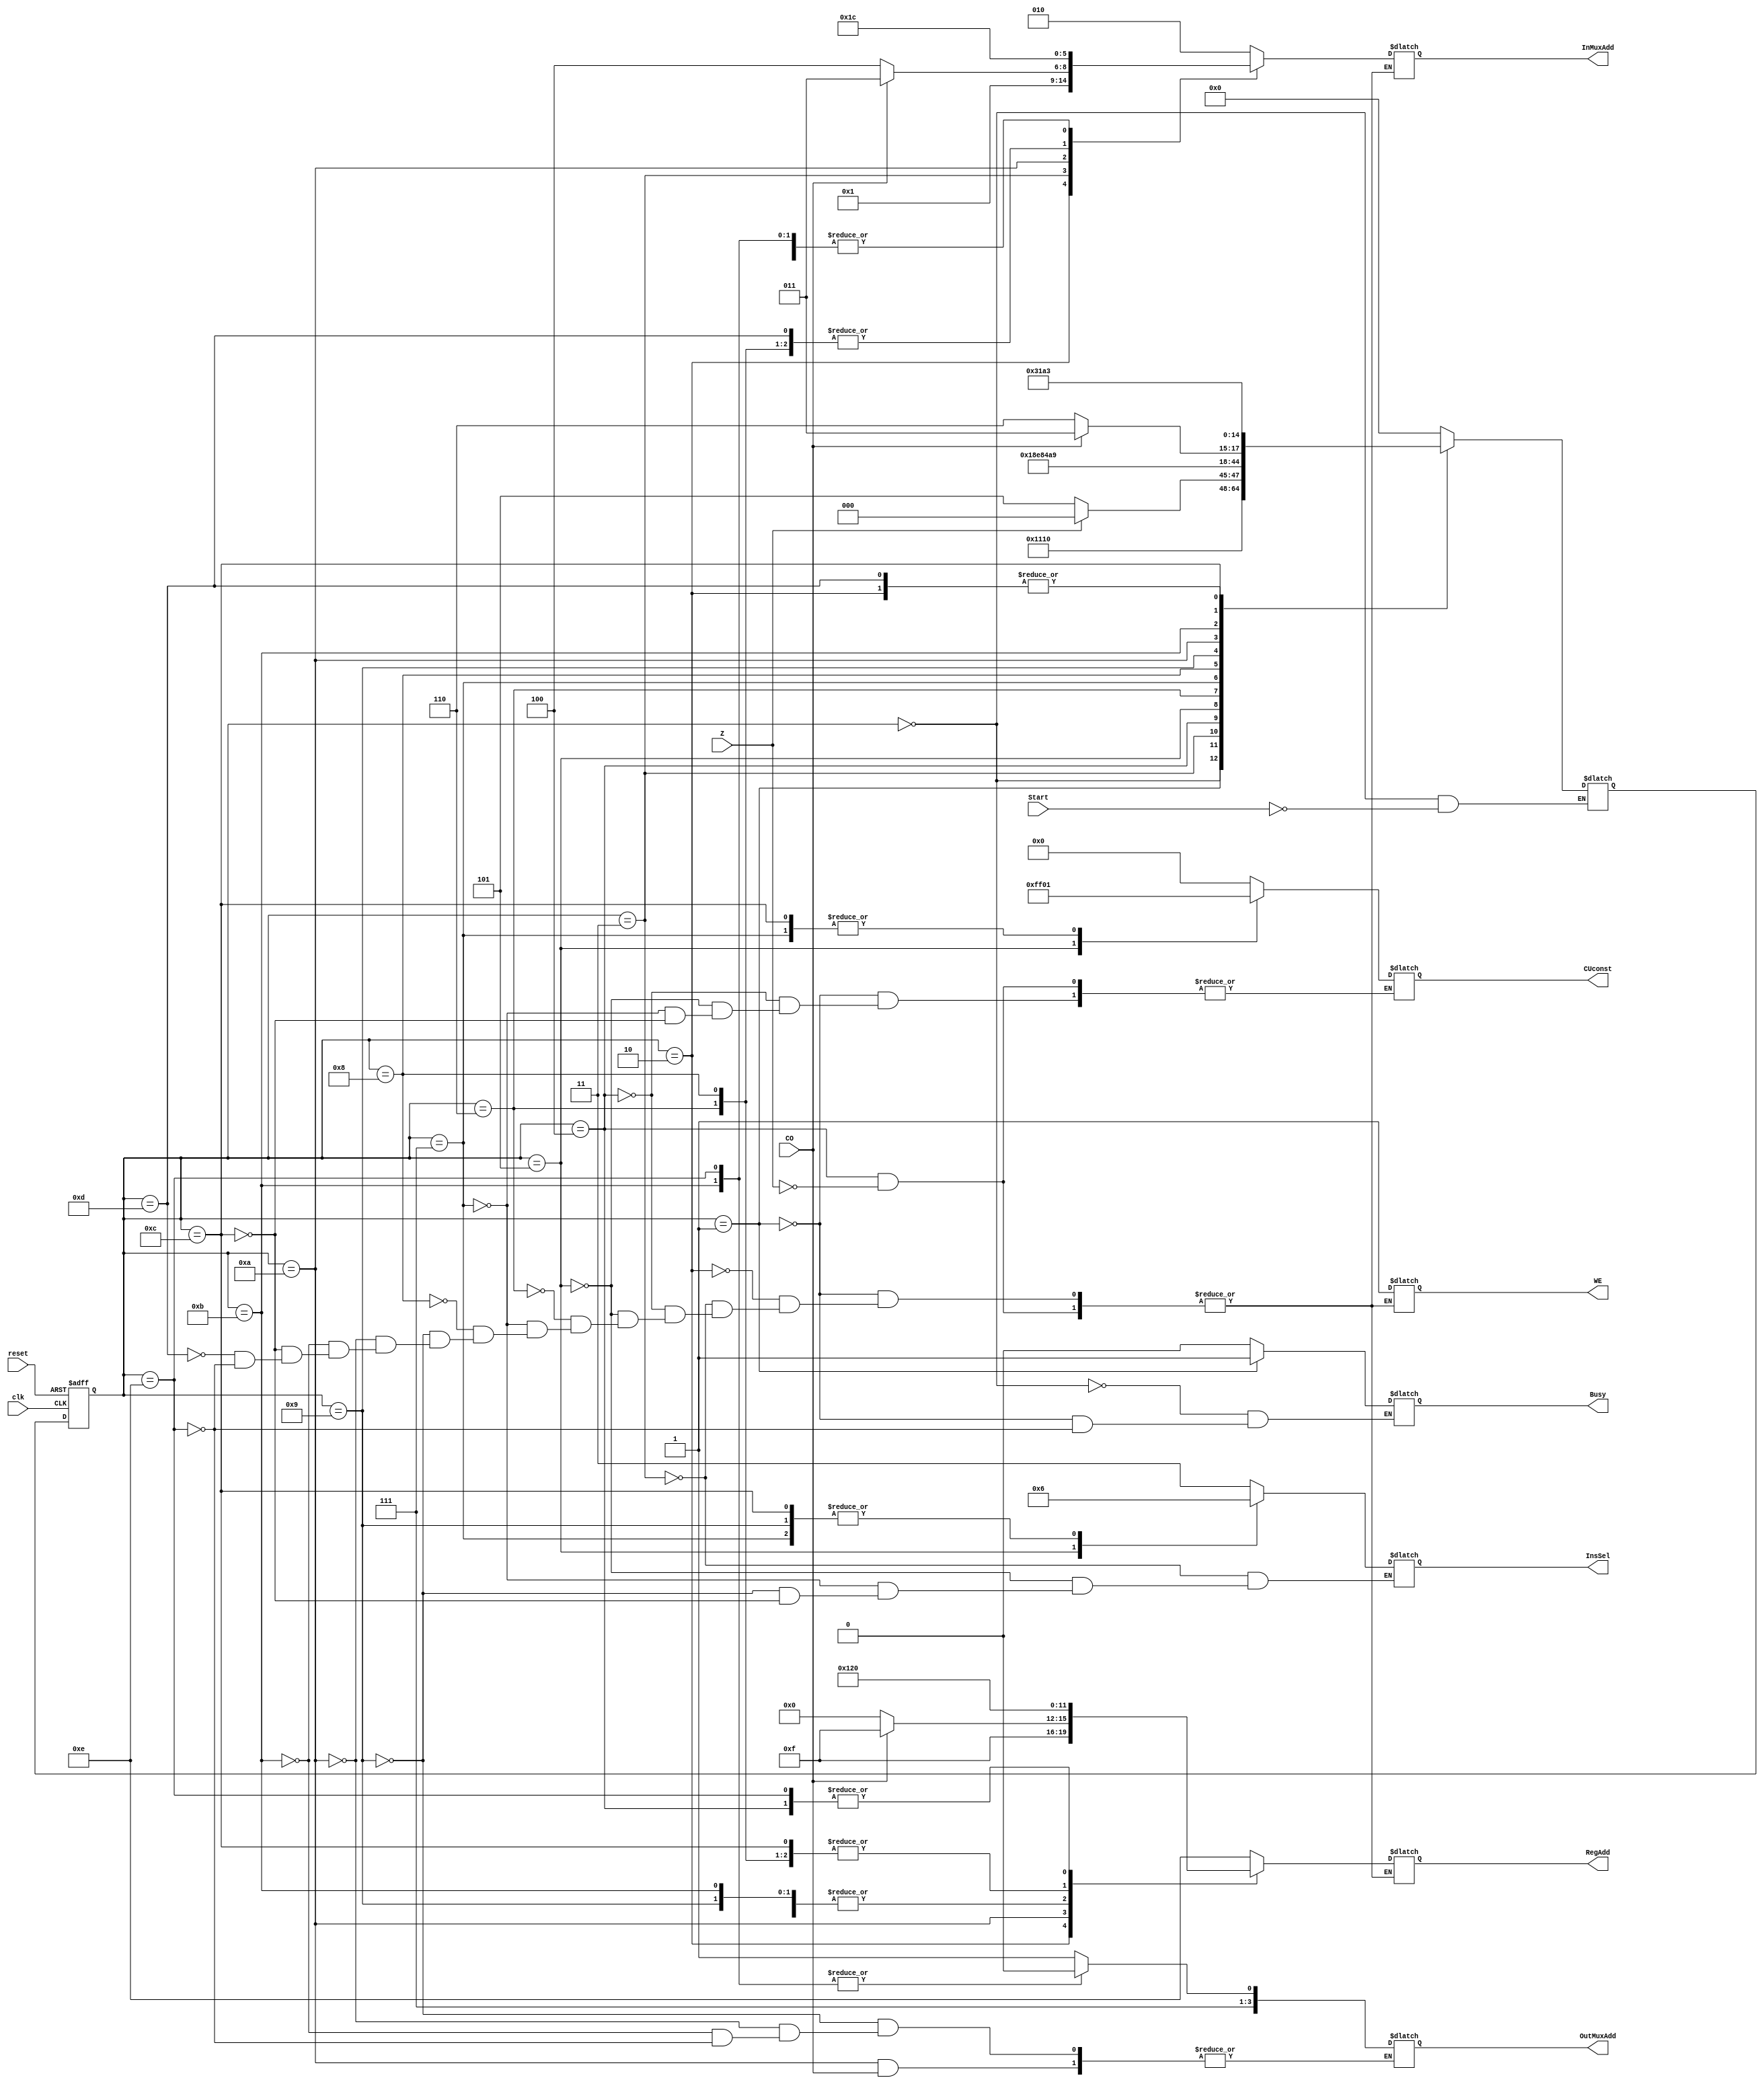
`timescale 1ns / 1ps
module CU(
    input Start,
	input clk,
	input reset,
	input CO,
	input Z,
	output reg[1:0] InsSel,
	output reg[3:0] RegAdd,
	output reg[3:0] OutMuxAdd,
	output reg[2:0] InMuxAdd,
	output reg[7:0] CUconst,
	output reg Busy,
	output reg WE
    );

    (* dont_touch *)
    localparam [3:0]
        idle = 4'd0,
        resetQ = 4'd1,
        getDivident = 4'd2,
        getDivider = 4'd3,
        divideByZero = 4'd4,
        twosComplement_1 = 4'd5,
        twosComplement_2 = 4'd6,
        twosComplement_3 = 4'd7,
        twosComplement_4 = 4'd8,
        getDividentAndSubs = 4'd9,
        controlResult = 4'd10,
        increaseQ_1 = 4'd11,
        increaseQ_2 = 4'd12,
        increaseQ_3 = 4'd13,
        outputQ = 4'd14;

    (* dont_touch *)
    reg [4:0]state_next, state_reg;

    always @(posedge clk, posedge reset) begin
        if (reset==1) //asynchronous reset
            state_reg <= idle; 
        else
            state_reg <= state_next;
    end

    always @(*)
    begin

        case(state_reg)
        
            idle:
            begin
                Busy <= 1'b0; //ready to action
                if(Start)
                state_next <= resetQ;
            end
            
            resetQ:
            begin
                RegAdd <= 4'd14; //reg14 is reversed for Q
                InMuxAdd <= 3'd2; //input: const
                CUconst <= 8'b00000000; //Q=reg14=0
                WE <= 1'b1;
                
                Busy <= 1'b1;
                state_next <= getDivident;
            end
            
            getDivident:
            begin
                RegAdd <= 4'd15; //reg15 is reserved for N ** N=N-D
                InMuxAdd <= 3'd0; //inA
                WE <= 1'b1;
                

                state_next <= getDivider;
            end

            getDivider:
            begin
                RegAdd <= 4'd1;
                InMuxAdd <= 3'd1; //inB
                WE <= 1'b1;
                InsSel <= 2'd3; //circ left
                

                state_next <= divideByZero;
            end
            
            divideByZero:
            begin

                if(Z) begin
                    RegAdd <= 4'd0; //output is zero
                    InMuxAdd <= 3'd2; //input: const
                    CUconst <= 8'b00000000; 
                    WE <= 1'b1;
                    state_next <= idle; 
                end
                else
                    state_next <= twosComplement_1;
            end
            
            twosComplement_1:
            begin
                RegAdd <= 4'd2;
                InMuxAdd <= 3'd2; //input: const
                CUconst <= 8'b11111111; 
                WE <= 1'b1;
                InsSel <= 2'd1; //xor (D, 11111111)
                

                state_next <= twosComplement_2;
            end
            
            twosComplement_2:
            begin
                RegAdd <= 4'd2;
                InMuxAdd <= 3'd3; //in: ALU
                WE <= 1'b1;
                
                

                state_next <= twosComplement_3;
            end
            
            twosComplement_3:
            begin
                RegAdd <= 4'd1;
                InMuxAdd <= 3'd2; //in: const
                WE <= 1'b1;
                CUconst <= 8'b00000001; 
                InsSel <= 2'd2; //add 1+ (D xor 1111_1111)
                

                state_next <= twosComplement_4;
            end
            
            twosComplement_4: //write two's compl. of divider
            begin
                RegAdd <= 4'd2;
                InMuxAdd <= 3'd3; //in: alu
                WE <= 1'b1;
                

                state_next <= getDividentAndSubs;
            end
            
            getDividentAndSubs: //reg15(N) to reg1 
            begin
                RegAdd <= 4'd1;
                InMuxAdd <= 3'd4; //in: internal
                OutMuxAdd <= 4'd15; //out: internal reg
                WE <= 1'b1; 
                InsSel <= 2'd2; //add N-D (N+twoComp(D))
                

                state_next <= controlResult;
            end
            
            controlResult: //control result is found or not
            begin
                // if CO is 0 sum is negative, if CO is 1 sum is non-negative
                if(CO==1) begin //calculation continue    
                    //write result(Q) to reg15       
                    RegAdd <= 4'd15; 
                    InMuxAdd <= 3'd3; //in: alu
                    WE <= 1'b1;
                     

                    state_next <= increaseQ_1;
                end
                else begin //calculation is done
                    //move Q, reg15 to reg0 (out)
                    RegAdd <= 4'd0; 
                    OutMuxAdd <= 4'd15; //out: internal reg
                    InMuxAdd <= 3'd4; //in: internal reg
                    WE <= 1'b1;
                     

                    state_next <= outputQ;
                end
            end
            
            increaseQ_1: //reg14 to reg1
            begin
                RegAdd <= 4'd1;
                OutMuxAdd <= 4'd14; //out: internal reg
                InMuxAdd <= 3'd4; //in: internal reg
                WE <= 1'b1; 
                

                state_next <= increaseQ_2;
            end
            
            increaseQ_2: //8'd1 to reg2 and sum with reg1
            begin
                RegAdd <= 4'd2;
                InMuxAdd <= 3'd2; //in: const
                WE <= 1'b1;
                CUconst <= 8'b00000001; 
                InsSel <= 2'd2; //add Q+1
                

                state_next <= increaseQ_3;
            end
            
            increaseQ_3: //write increased Q to reg14
            begin
                RegAdd <= 4'd14;
                InMuxAdd <= 3'd3; //in: alu
                WE <= 1'b1; 
                

                state_next <= getDivider; //return back to getDivider
            end
            
            outputQ: //write output Q (reg14 to reg0)
            begin
                RegAdd <= 4'd0; 
                OutMuxAdd <= 4'd14; //out: internal reg
                InMuxAdd <= 3'd4; //in: internal reg
                WE <= 1'b1; 
                
                Busy <= 1'b0; //now busy is low
                state_next <= idle; //return back to getDivider
            end
            

            default:
                state_next <= idle;
        endcase
    end

endmodule